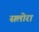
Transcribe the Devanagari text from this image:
सलोरा